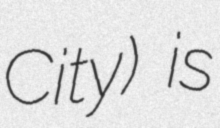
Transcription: City) is